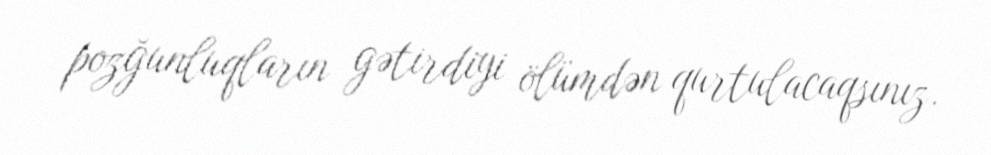
pozğunluqların gətirdiyi ölümdən qurtulacaqsınız.